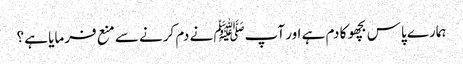
ہمارے پاس بچھو کا دم ہے اور آپﷺ نے دم کرنے سے منع فرمایا ہے ؟